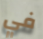
في